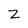
Character: Z